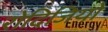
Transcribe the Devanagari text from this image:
रोदिजियो